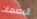
البصمات